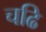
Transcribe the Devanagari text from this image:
चढि